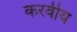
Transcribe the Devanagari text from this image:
करवीय